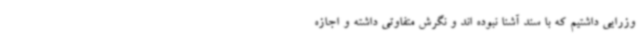
وزرایی داشتیم که با سند آشنا نبوده اند و نگرش متفاوتی داشته و اجازه